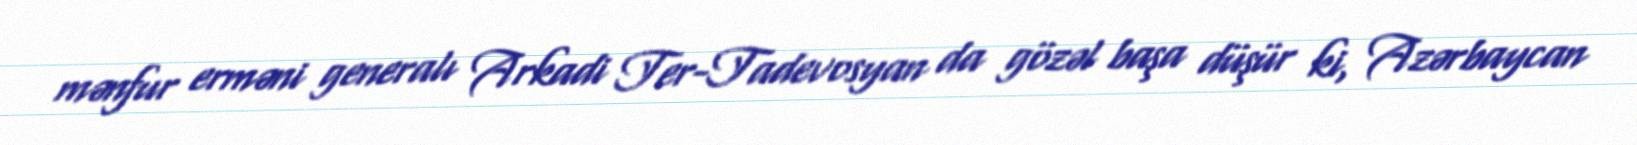
mənfur erməni generalı Arkadi Ter-Tadevosyan da gözəl başa düşür ki, Azərbaycan